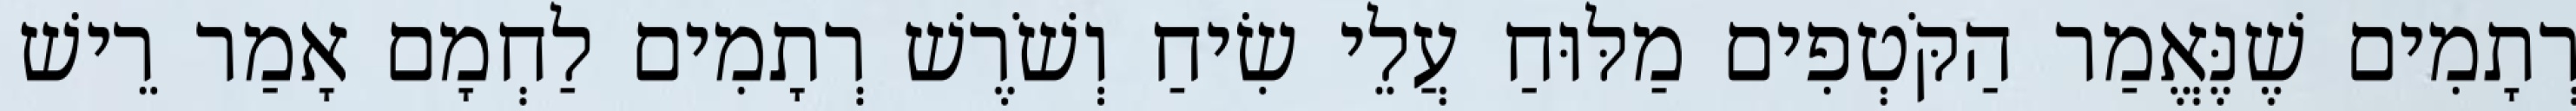
רְתָמִים שֶׁנֶּאֱמַר הַקֹּטְפִים מַלּוּחַ עֲלֵי שִׂיחַ וְשֹׁרֶשׁ רְתָמִים לַחְמָם אָמַר רֵישׁ